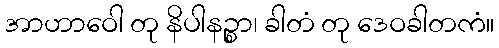
အာဟာဝေါ တု နိပါနဉ္စာ၊ ခါတံ တု ဒေဝခါတကံ။